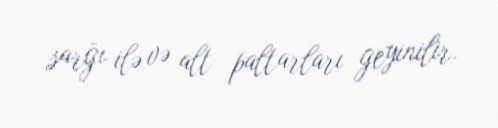
sarğı ilə və alt paltarları geyinilir.